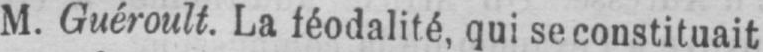
M. Guéroult. La féodalité, qui se constituait